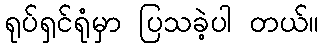
ရုပ်ရှင်ရုံမှာ ပြသခဲ့ပါ တယ်။